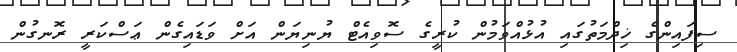
ސިފައިންގެ ޚިދްމަތުގައި އުޅުއްވަމުން ކުރީގެ ސޮވިއެޓް ޔުނިޔަން އަށް ވަޑައިގެން ޢަސްކަރީ ރޮނގުން